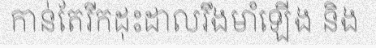
កាន់តែរីកដុះដាលរឹងមាំឡើង និង